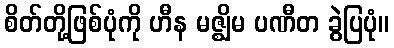
စိတ်တို့ဖြစ်ပုံကို ဟီန မဇ္ဈိမ ပဏီတ ခွဲပြပုံ။